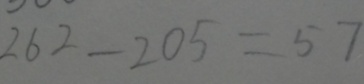
2 6 2 - 2 0 5 = 5 7